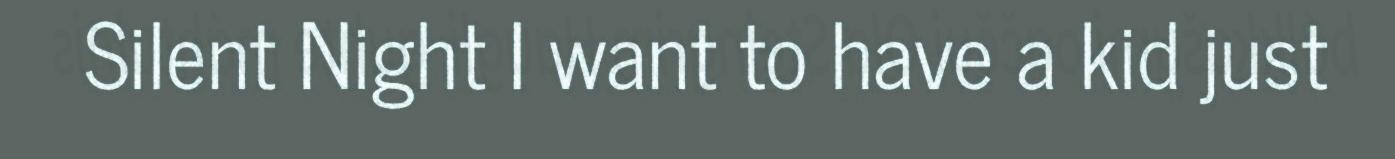
Silent Night I want to have a kid just